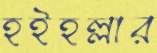
হইহল্লার